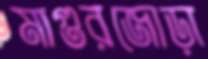
মাগুরজোড়া